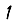
Digit: 1